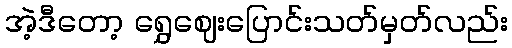
အဲ့ဒီတော့ ရွှေဈေးပြောင်းသတ်မှတ်လည်း